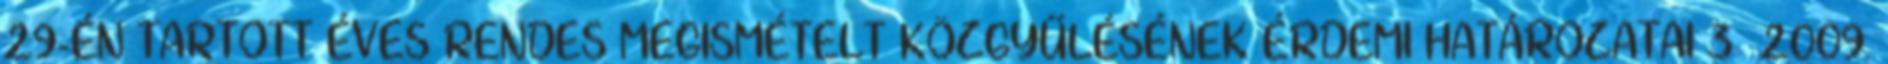
29-ÉN TARTOTT ÉVES RENDES MEGISMÉTELT KÖZGYŰLÉSÉNEK ÉRDEMI HATÁROZATAI 3 2009.